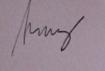
Signature authenticity: genuine